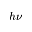
h \nu